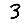
Digit: 3